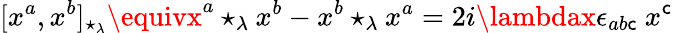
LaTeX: [x^{a},x^{b}]_{\star_{\lambda}}\equivx^{a}\star_{\lambda}x^{b}-x^{b}\star_{\lambda}x^{a}=2i\lambdax\epsilon_{ab\mathsf{c}}\ x^{\mathsf{c}}